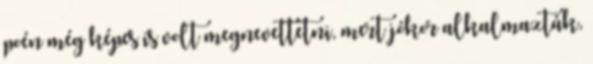
poén még képes is volt megnevettetni, mert jókor alkalmazták,